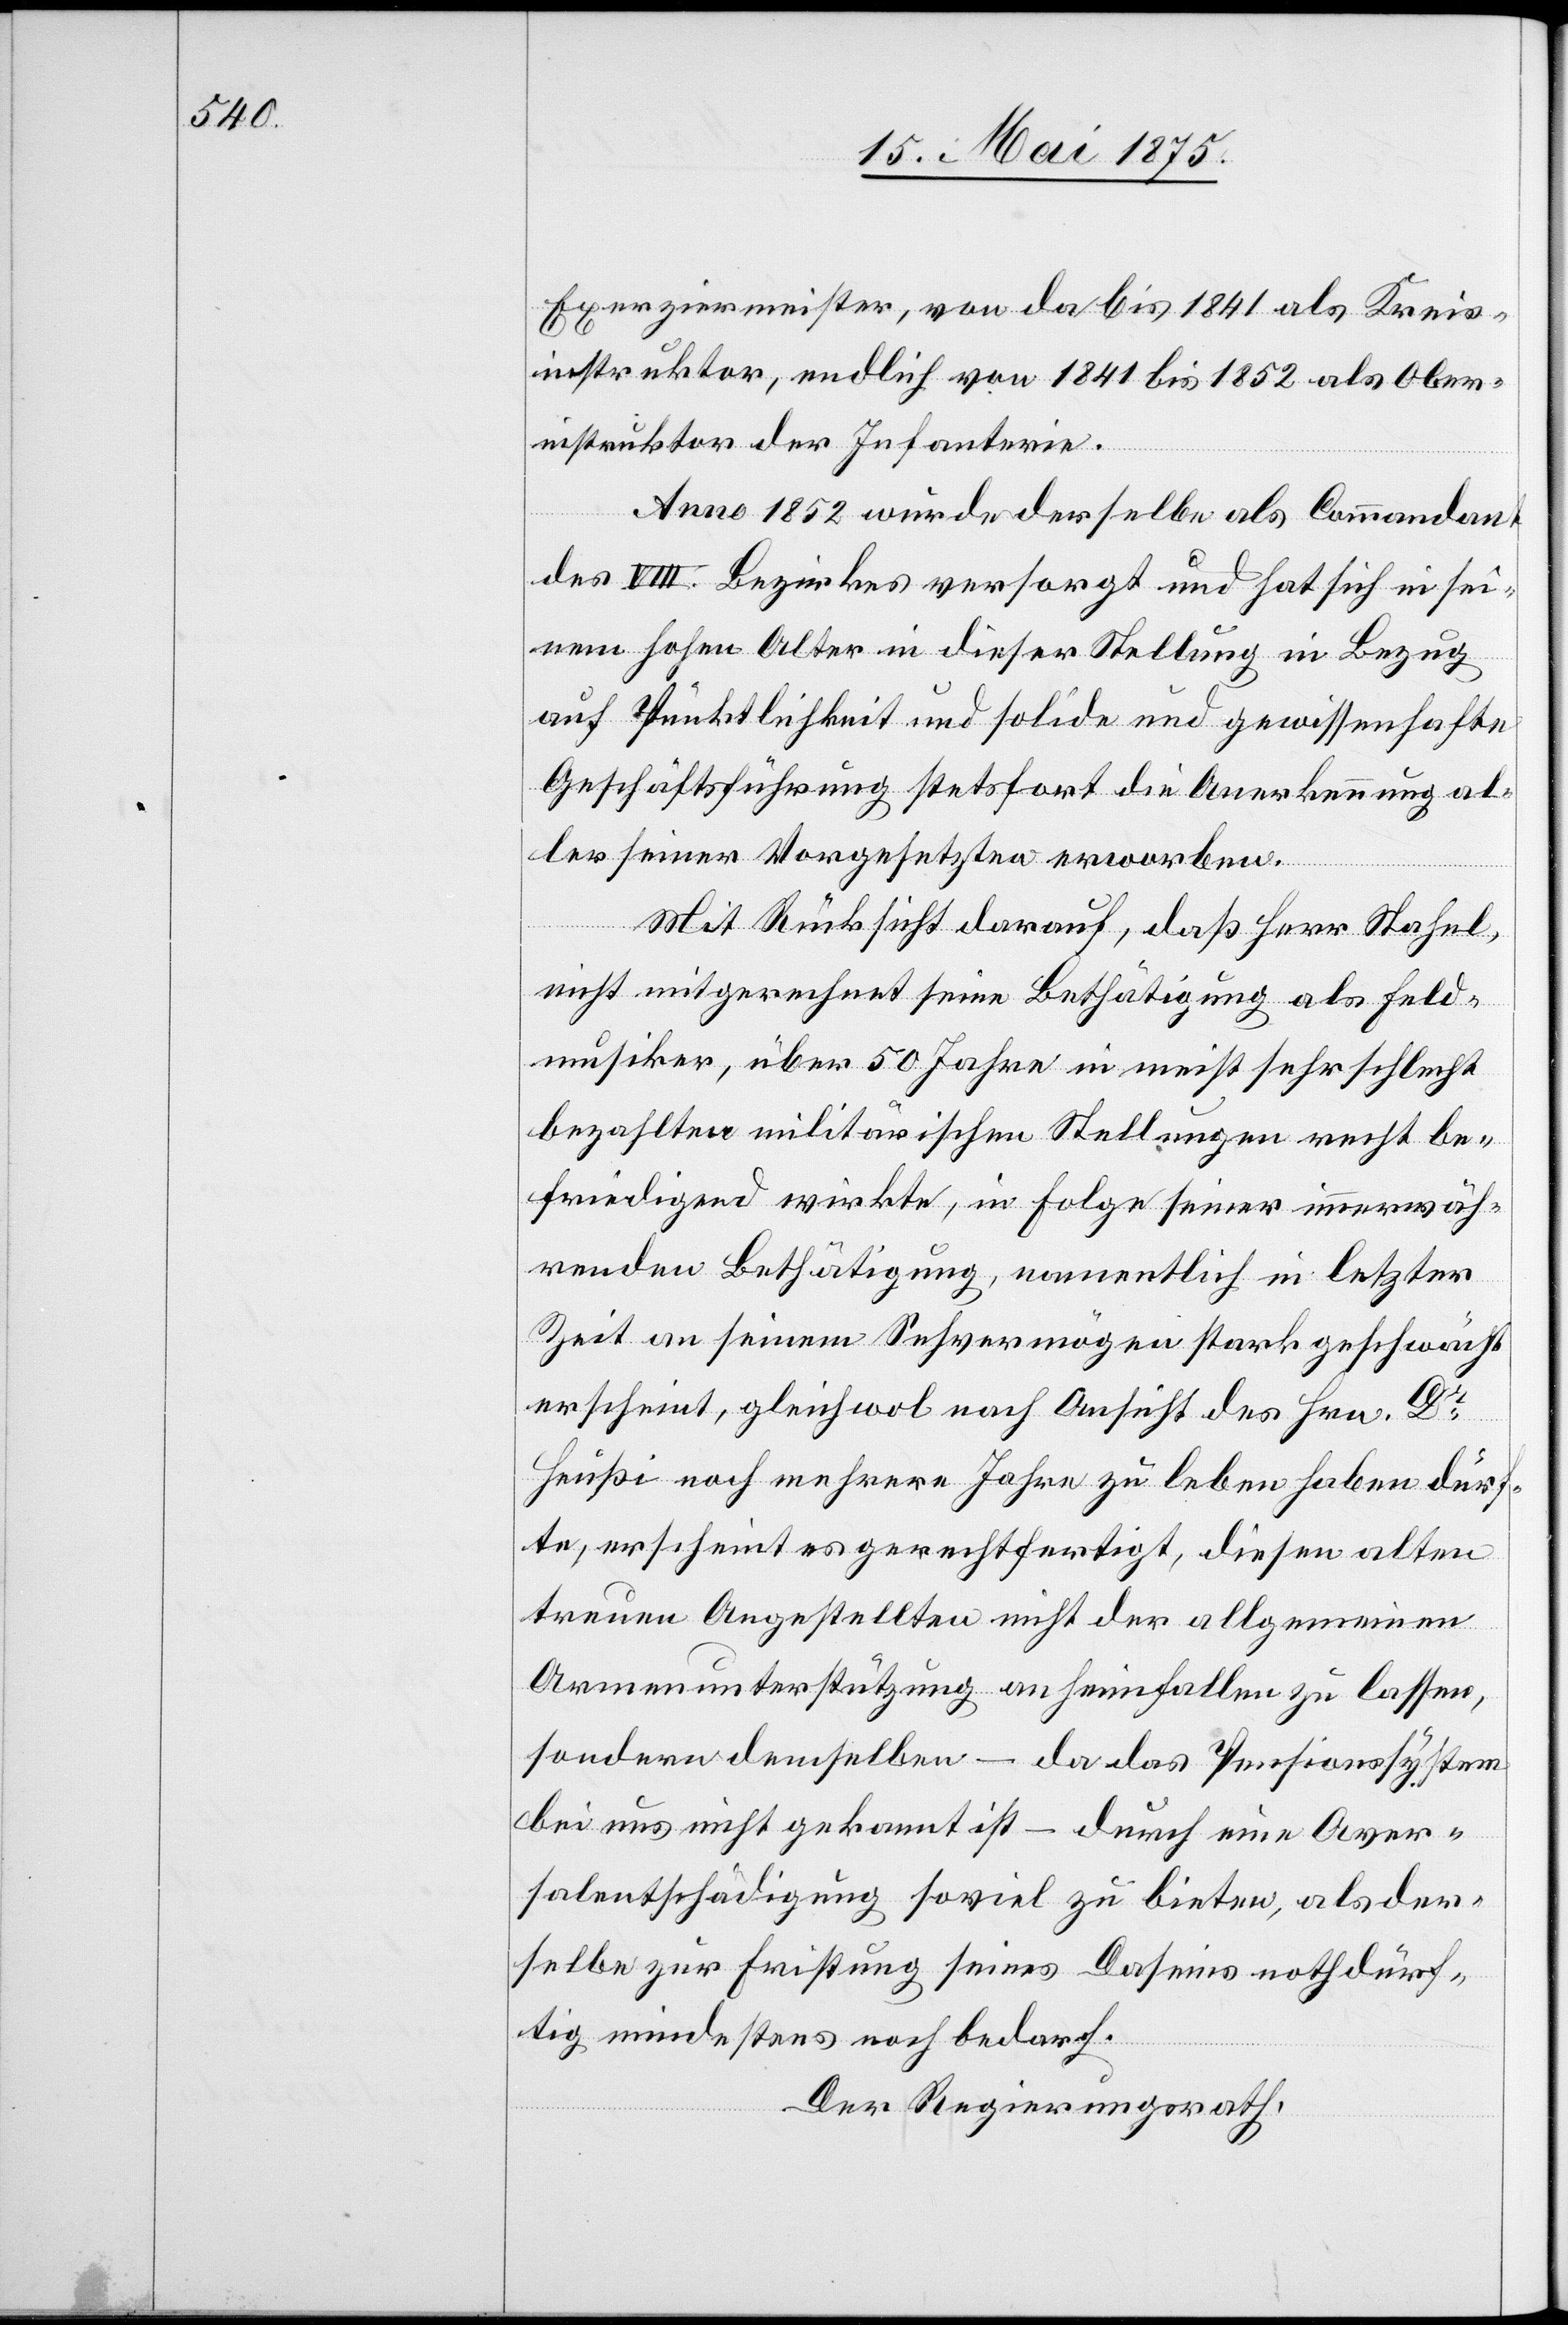
Exerziermeister, von da bis 1841 als Kreis¬
instruktor, endlich von 1841 bis 1852 als Ober¬
instruktor der Infanterie.
Anno 1852 wurde derselbe als Commandant
des VIII. Bezirks versorgt und hat sich in sei¬
nem hohen Alter in dieser Stellung in Bezug
auf Pünktlichkeit und solide und gewissen hafte
Geschäftsführung stetsfort die Anerkennung al¬
ler seiner Vorgesetzten erworben.
Mit Rücksicht darauf, daß Herr Stahel,
nicht mitgerechnet seine Bethätigung als Feld¬
musiker, über 50 Jahre in meist sehr schlecht
bezahlten militärischen Stellungen recht be¬
friedigend wirkte, in Folge seiner immerwäh¬
renden Bethätigung, namentlich in letzter
Zeit an seinem Sehvermögen stark geschwächt
erscheint, gleichwol nach Ansicht des Hrn. Dr.
Heußi noch mehrere Jahre zu leben haben dürf¬
te, erscheint es gerechtfertigt, diesen alten
treuen Angestellten nicht der allgemeinen
Armenunterstützung anheimfallen zu lassen,
sondern denselben – da das Pensionssystem
bei uns nichtgekannt ist – durch eine Aver¬
salentschädigung soviel zu bieten, als der¬
selbe zur Fristung seines Daseins nothdürf¬
tig mindestens noch bedarf.
Der Regierungsrath,